Civil Veterinary Dept. North-West Frontier Province 1923-32 - 1923-1932
Year: 1923
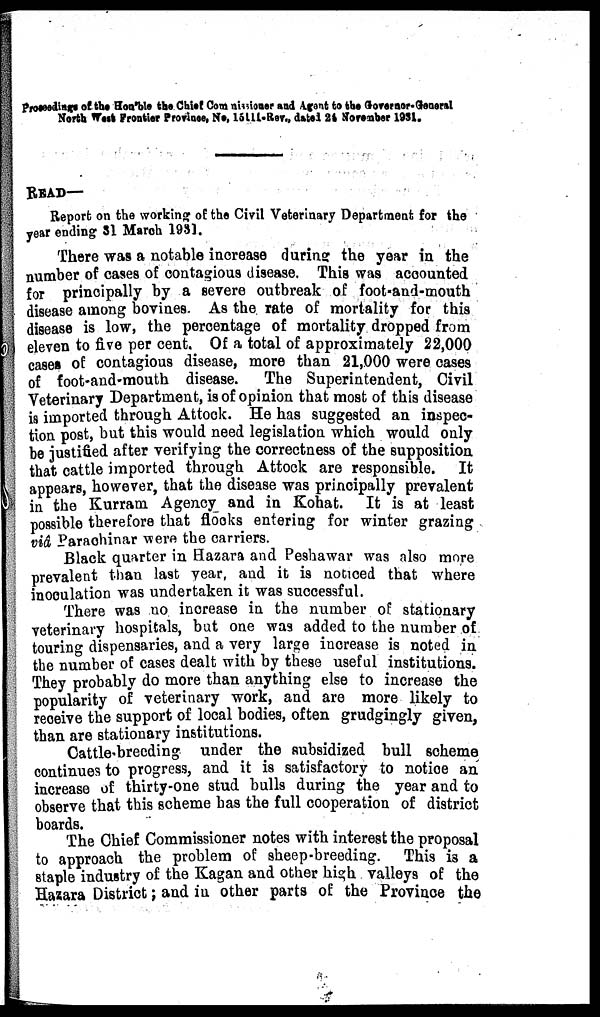
Proceeding of the Hon'ble the Chief Commissioner and Agent to the Governor-General
North West Frontier Province, No, 15111-Rev., dated 24 November 1931.
READ—
Report on the working of the Civil Veterinary Department for the
year ending 31 March 1931.
There was a notable increase during the year in the
number of cases of contagious disease. This was accounted
for principally by a severe outbreak of foot-and-mouth
disease among bovines. As the rate of mortality for this
disease is low, the percentage of mortality dropped from
eleven to five per cent. Of a total of approximately 22,000
cases of contagious disease, more than 21,000 were cases
of foot-and-mouth disease.
The Superintendent, Civil
Veterinary Department, is of opinion that most of this disease
is imported through Attock. He has suggested an inspec-
tion post, but this would need legislation which would only
be justified after verifying the correctness of the supposition
that cattle imported through Attock are responsible.
It
appears, however, that the disease was principally prevalent
in the Kurram Agency and in Kohat. It is at least
possible therefore that flocks entering for winter grazing
viâ Parachinar were the carriers.
Black quarter in Hazara and Peshawar was also more
prevalent than last year, and it is noticed that where
inoculation was undertaken it was successful.
There was no increase in the number of stationary
veterinary hospitals, but one was added to the number of
touring dispensaries, and a very large increase is noted in
the number of cases dealt with by these useful institutions.
They probably do more than anything else to increase the
popularity of veterinary work, and are more likely to
receive the support of local bodies, often grudgingly given,
than are stationary institutions.
Cattle-breeding under the subsidized bull scheme
continues to progress, and it is satisfactory to notice an
increase of thirty-one stud bulls during the year and to
observe that this scheme has the full cooperation of district
boards.
The Chief Commissioner notes with interest the proposal
to approach the problem of sheep-breeding. This is a
staple industry of the Kagan and other high valleys of the
Hazara District; and in other parts of the Province the